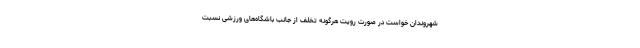
شهروندان خواست در صورت رویت هرگونه تخلف از جانب باشگاه‌های ورزشی نسبت